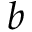
b